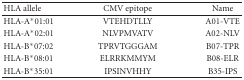
<table><thead><tr><td><b>HLA allele </b></td><td><b>CMV epitope </b></td><td><b>Name </b></td></tr></thead><tbody><tr><td>HLA-A*01:01 </td><td>VTEHDTLLY </td><td>A01-VTE</td></tr><tr><td>HLA-A*02:01 </td><td>NLVPMVATV </td><td>A02-NLV</td></tr><tr><td>HLA-B*07:02 </td><td>TPRVTGGGAM</td><td>B07-TPR</td></tr><tr><td>HLA-B*08:01 </td><td>ELRRKMMYM </td><td>B08-ELR</td></tr><tr><td>HLA-B*35:01 </td><td>IPSINVHHY </td><td>B35-IPS</td></tr></tbody></table>